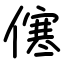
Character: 㒏